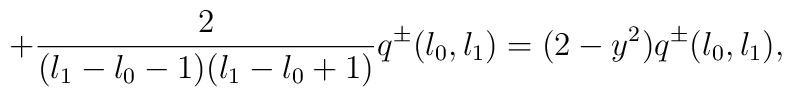
+\frac{2}{(l_{1}-l_{0}-1)(l_{1}-l_{0}+1)} q^{\pm}(l_{0},l_{1})=(2-y^{2})q^{\pm}(l_{0},l_{1}),